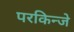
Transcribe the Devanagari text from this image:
परकिन्जे